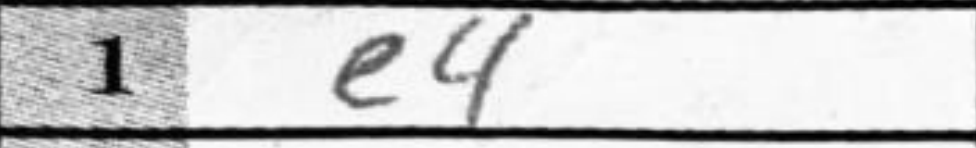
Transcription: e4